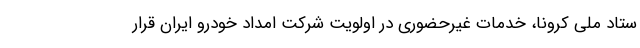
ستاد ملی کرونا، خدمات غیرحضوری در اولویت شرکت امداد خودرو ایران قرار